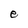
Character: e